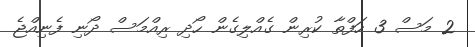
2 މަސް 3 ހަފްތާ ކުރިން ގެއްލިގެން ހޯދި ރިއްމަސް ދޯނި ފެނިއްޖެ